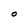
Character: O